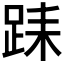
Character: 𨀤